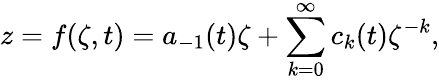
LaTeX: z=f(\zeta,t)=a_{-1}(t)\zeta+\sum_{k=0}^{\infty}c_{k}(t)\zeta^{-k},